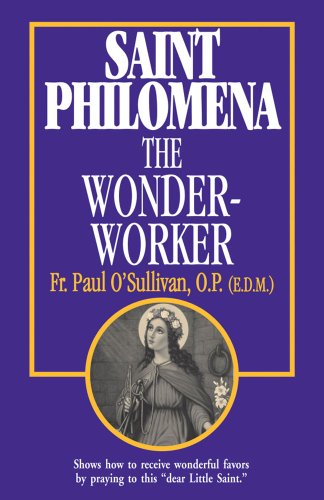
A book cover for Saint Philomena, the Wonder-Worker; Fr. Paul O'Sullivan; Christian Books & Bibles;